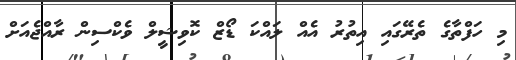
މި ހަފްތާގެ ތެރޭގައި އިތުރު އެއް ލައްކަ ޑޯޒް ކޮވިޝީލް ވެކްސިން ރާއްޖެއަށް